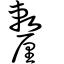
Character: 𨤸